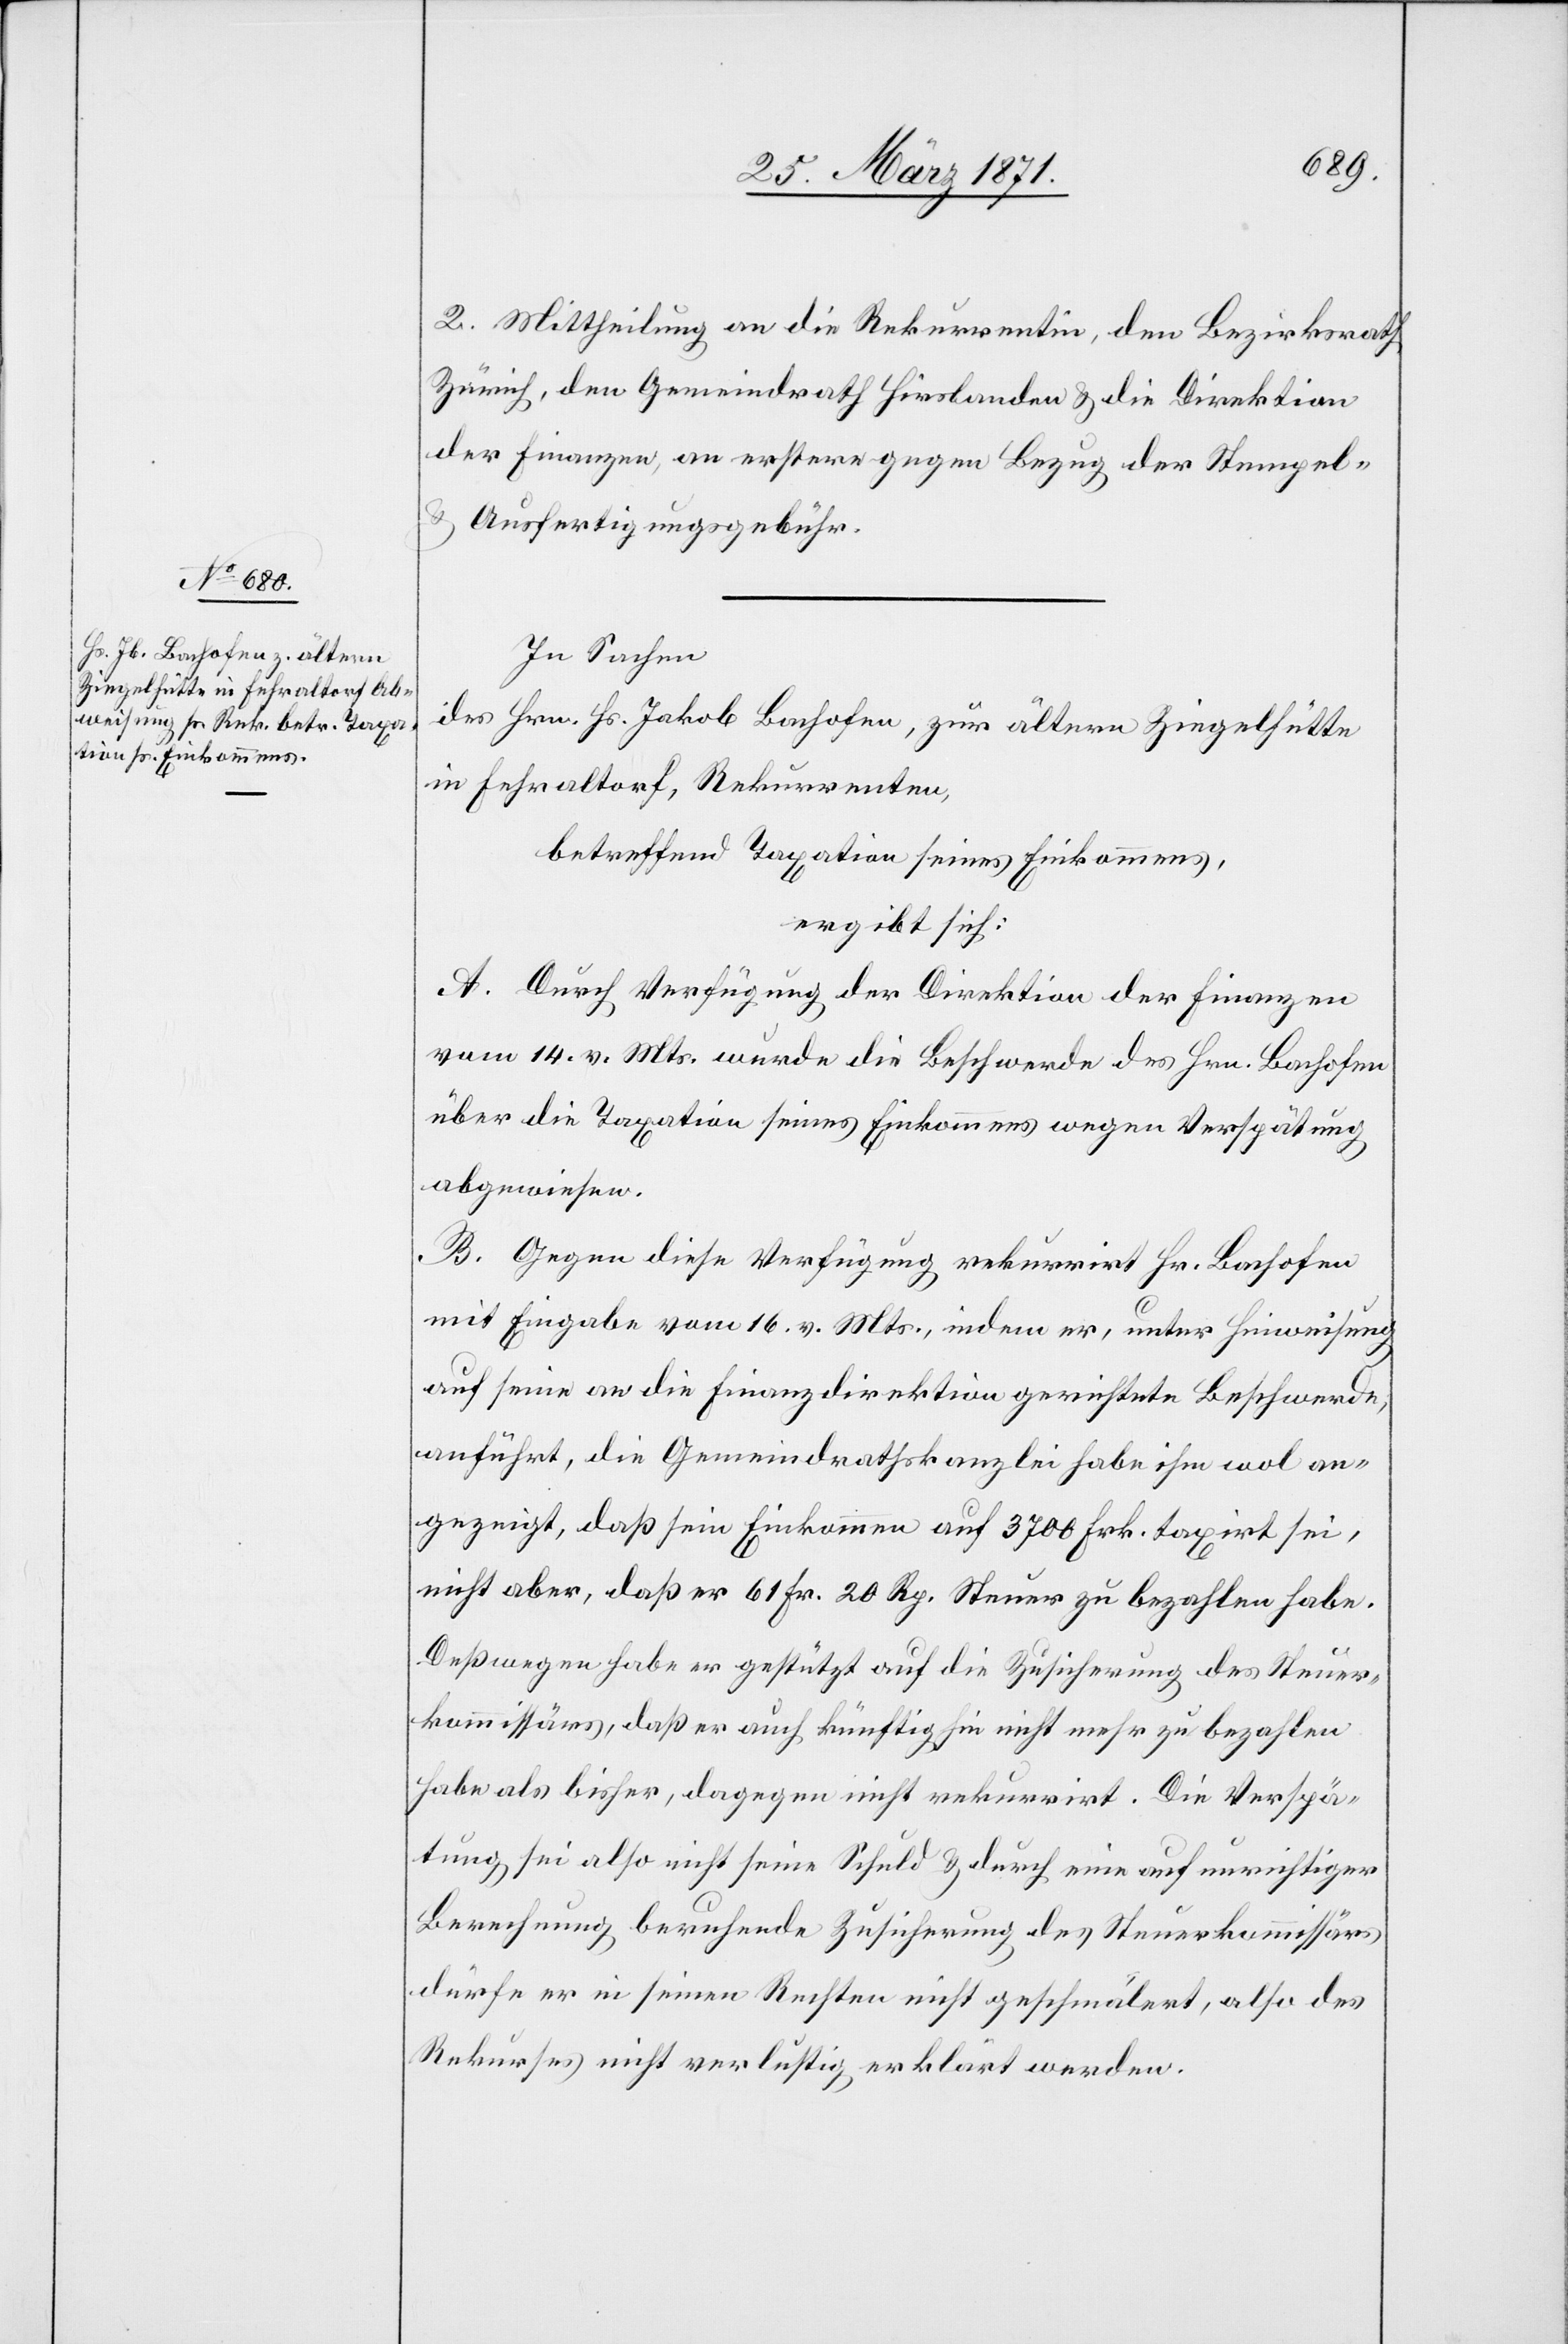
2. Mittheilung an die Rekurrentin, den Bezirksrath
Zürich, den Gemeindrath Hirslanden u. die Direktion
der Finanzen, an erstere gegen Bezug der Stempel-
u. Ausfertigungsgebühr.
In Sachen
des Hrn. Hs. Jakob Bachofen, zur ältern Ziegelhütte
in Fehraltorf, Rekurrenten,
betreffend Taxation seines Einkommens,
ergibt sich:
A. Durch Verfügung der Direktion der Finanzen
vom 14. v. Mts. wurde die Beschwerde des Hrn. Bachofen
über die Taxation seines Einkommens wegen Verspätung
abgewiesen.
B. Gegen diese Verfügung rekurrirt Hr. Bachofen
mit Eingabe vom 16. v. Mts., indem er, unter Hinweisung
auf seine an die Finanzdirektion gerichteten Beschwerde,
anführt, die Gemeindrathskanzlei habe ihm wol an¬
gezeigt, daß sein Einkommen auf 3700 Frk. taxirt sei,
nicht aber, daß er 61 Fr. 20 Rp. Steuer zu bezahlen habe.
Deßwegen habe er gestützt auf die Zusicherung des Steuer¬
kommissärs, daß er auch künftig hin nicht mehr zu bezahlen
habe als bisher, dagegen nicht rekurrirt. Die Verspä¬
tung sei also nicht seine Schuld u. durch eine auf unrichtiger
Berechnung beruhende Zusicherung des Steuerkommissärs
dürfe er in seinen Rechten nicht geschmälert, also des
Rekurses nicht verlustig erklärt werden.